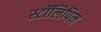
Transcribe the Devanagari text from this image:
स्टॉलिपिन